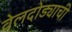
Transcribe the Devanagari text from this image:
वेलदोड्याची